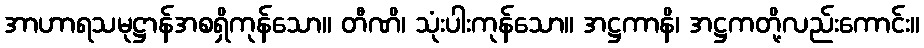
အာဟာရသမုဋ္ဌာန်အစရှိကုန်သော။ တီဏိ၊ သုံးပါးကုန်သော။ အဋ္ဌကာနိ၊ အဋ္ဌကတို့လည်းကောင်း။